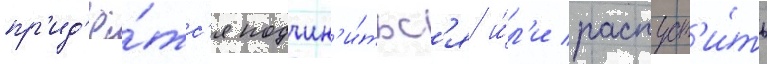
пр'ид'ё́тс'я подчин'и́тьс'я и́л'и распуст'и́ть